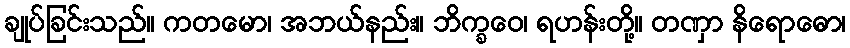
ချုပ်ခြင်းသည်။ ကတမော၊ အဘယ်နည်း။ ဘိက္ခဝေ၊ ရဟန်းတို့။ တဏှာ နိရောဓော၊